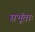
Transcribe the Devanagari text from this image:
सभूंताः